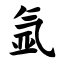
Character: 氩